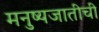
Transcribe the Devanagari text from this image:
मनुष्यजातीची